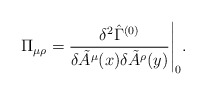
\begin{align*}\Pi_{\mu\rho} = \frac{\delta^2\hat{\Gamma}^{(0)}} {\delta \tilde{A}^\mu(x)\delta\tilde{A}^\rho(y)} \Bigg |_0.\end{align*}